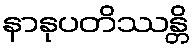
နာနုပတိဿန္တိ